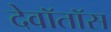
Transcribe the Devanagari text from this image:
देवॉतॉस